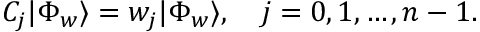
{ C } _ { j } | \Phi _ { w } \rangle = w _ { j } | \Phi _ { w } \rangle , \quad j = 0 , 1 , \ldots , n - 1 .